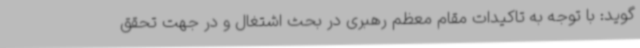
گوید: با توجه به تاکیدات مقام معظم رهبری در بحث اشتغال و در جهت تحقق